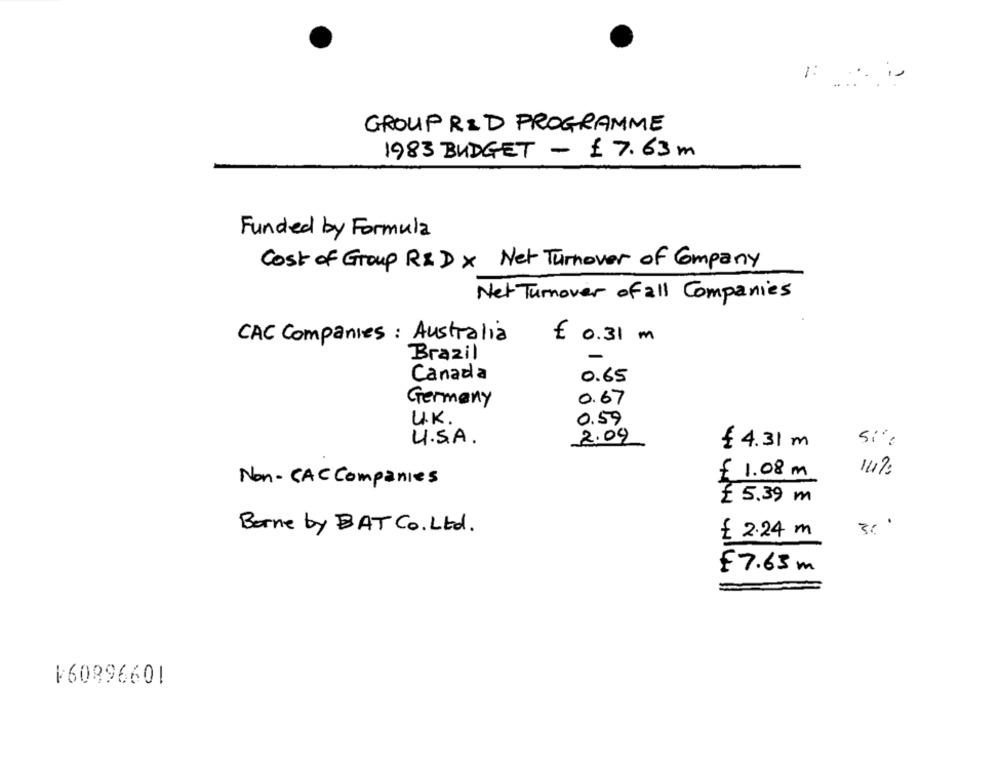
1:
is
GROUP RID PROGRAMME
1983 BUDGET - £7.63m
Funded by Formula
Cost of Group R& D x Net Turnover of Company
Net Turnover of all Companies
CAC Companies : Australia
€ 0.31 m
Brazil
Canada
0.65
Germany
0.67
UK.
0.59
U.S.A.
2.09
₹ 4.31 m
14%:
£ 1.08m
Non - CAC Companies
₹ 5.39 m
Borne by BAT Co. Ltd.
£ 2.24 m
£7.63
160896601